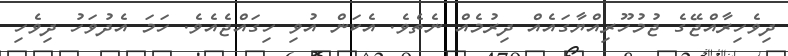
ދިވެހިރާއްޖޭގެ ޖުމުހޫރިއްޔާގައެއް ދިރުމެއް ނެތެވެ. އެކަން އުވި ހިގައްޖެއެވެ. ހަމަ އެދުވަހު ދިވެހި